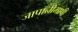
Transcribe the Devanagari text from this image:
जापानीभाषी